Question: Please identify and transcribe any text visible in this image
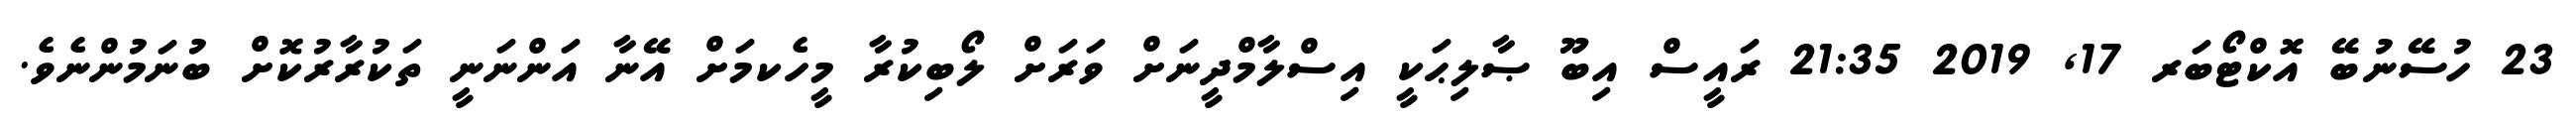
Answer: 23 ހުސޭނުބޭ އޮކްޓޯބަރ 17, 2019 21:35 ރައީސް އިބޫ ޞާލިޙަކީ އިސްލާމްދީނަށް ވަރަށް ލޯބިކުރާ މީހެކމަށް އޭނާ އަންނަނީ ތަކުރާރުކޮށް ބުނަމުންނެވެ.